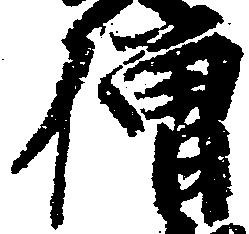
僧